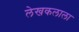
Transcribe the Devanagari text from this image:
लेखकलाला